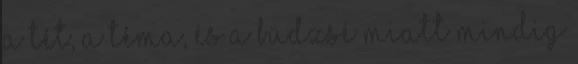
a tét, a téma, és a büdzsé miatt mindig